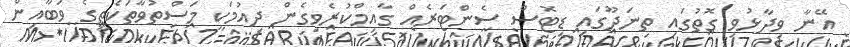
އޭނާ ވިދާޅުވި ގޮތުގައި ތިނަދޫގައި ޑިޓޮސް ސެންޓަރެއް ގާއިމްކުރެވިގެން ދިއުމަކީ މަސްތުވާތަކެތީގެ ވަބާއިން